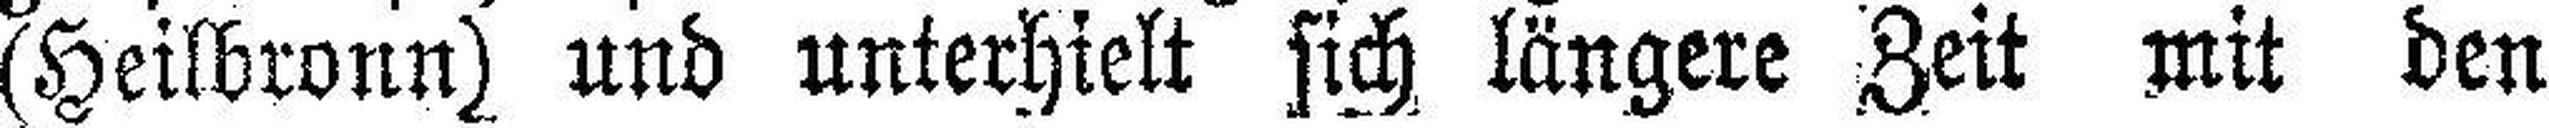
(Heilbronn) und unterhielt sich längere Zeit mit den